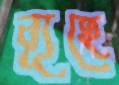
ব্যূহে